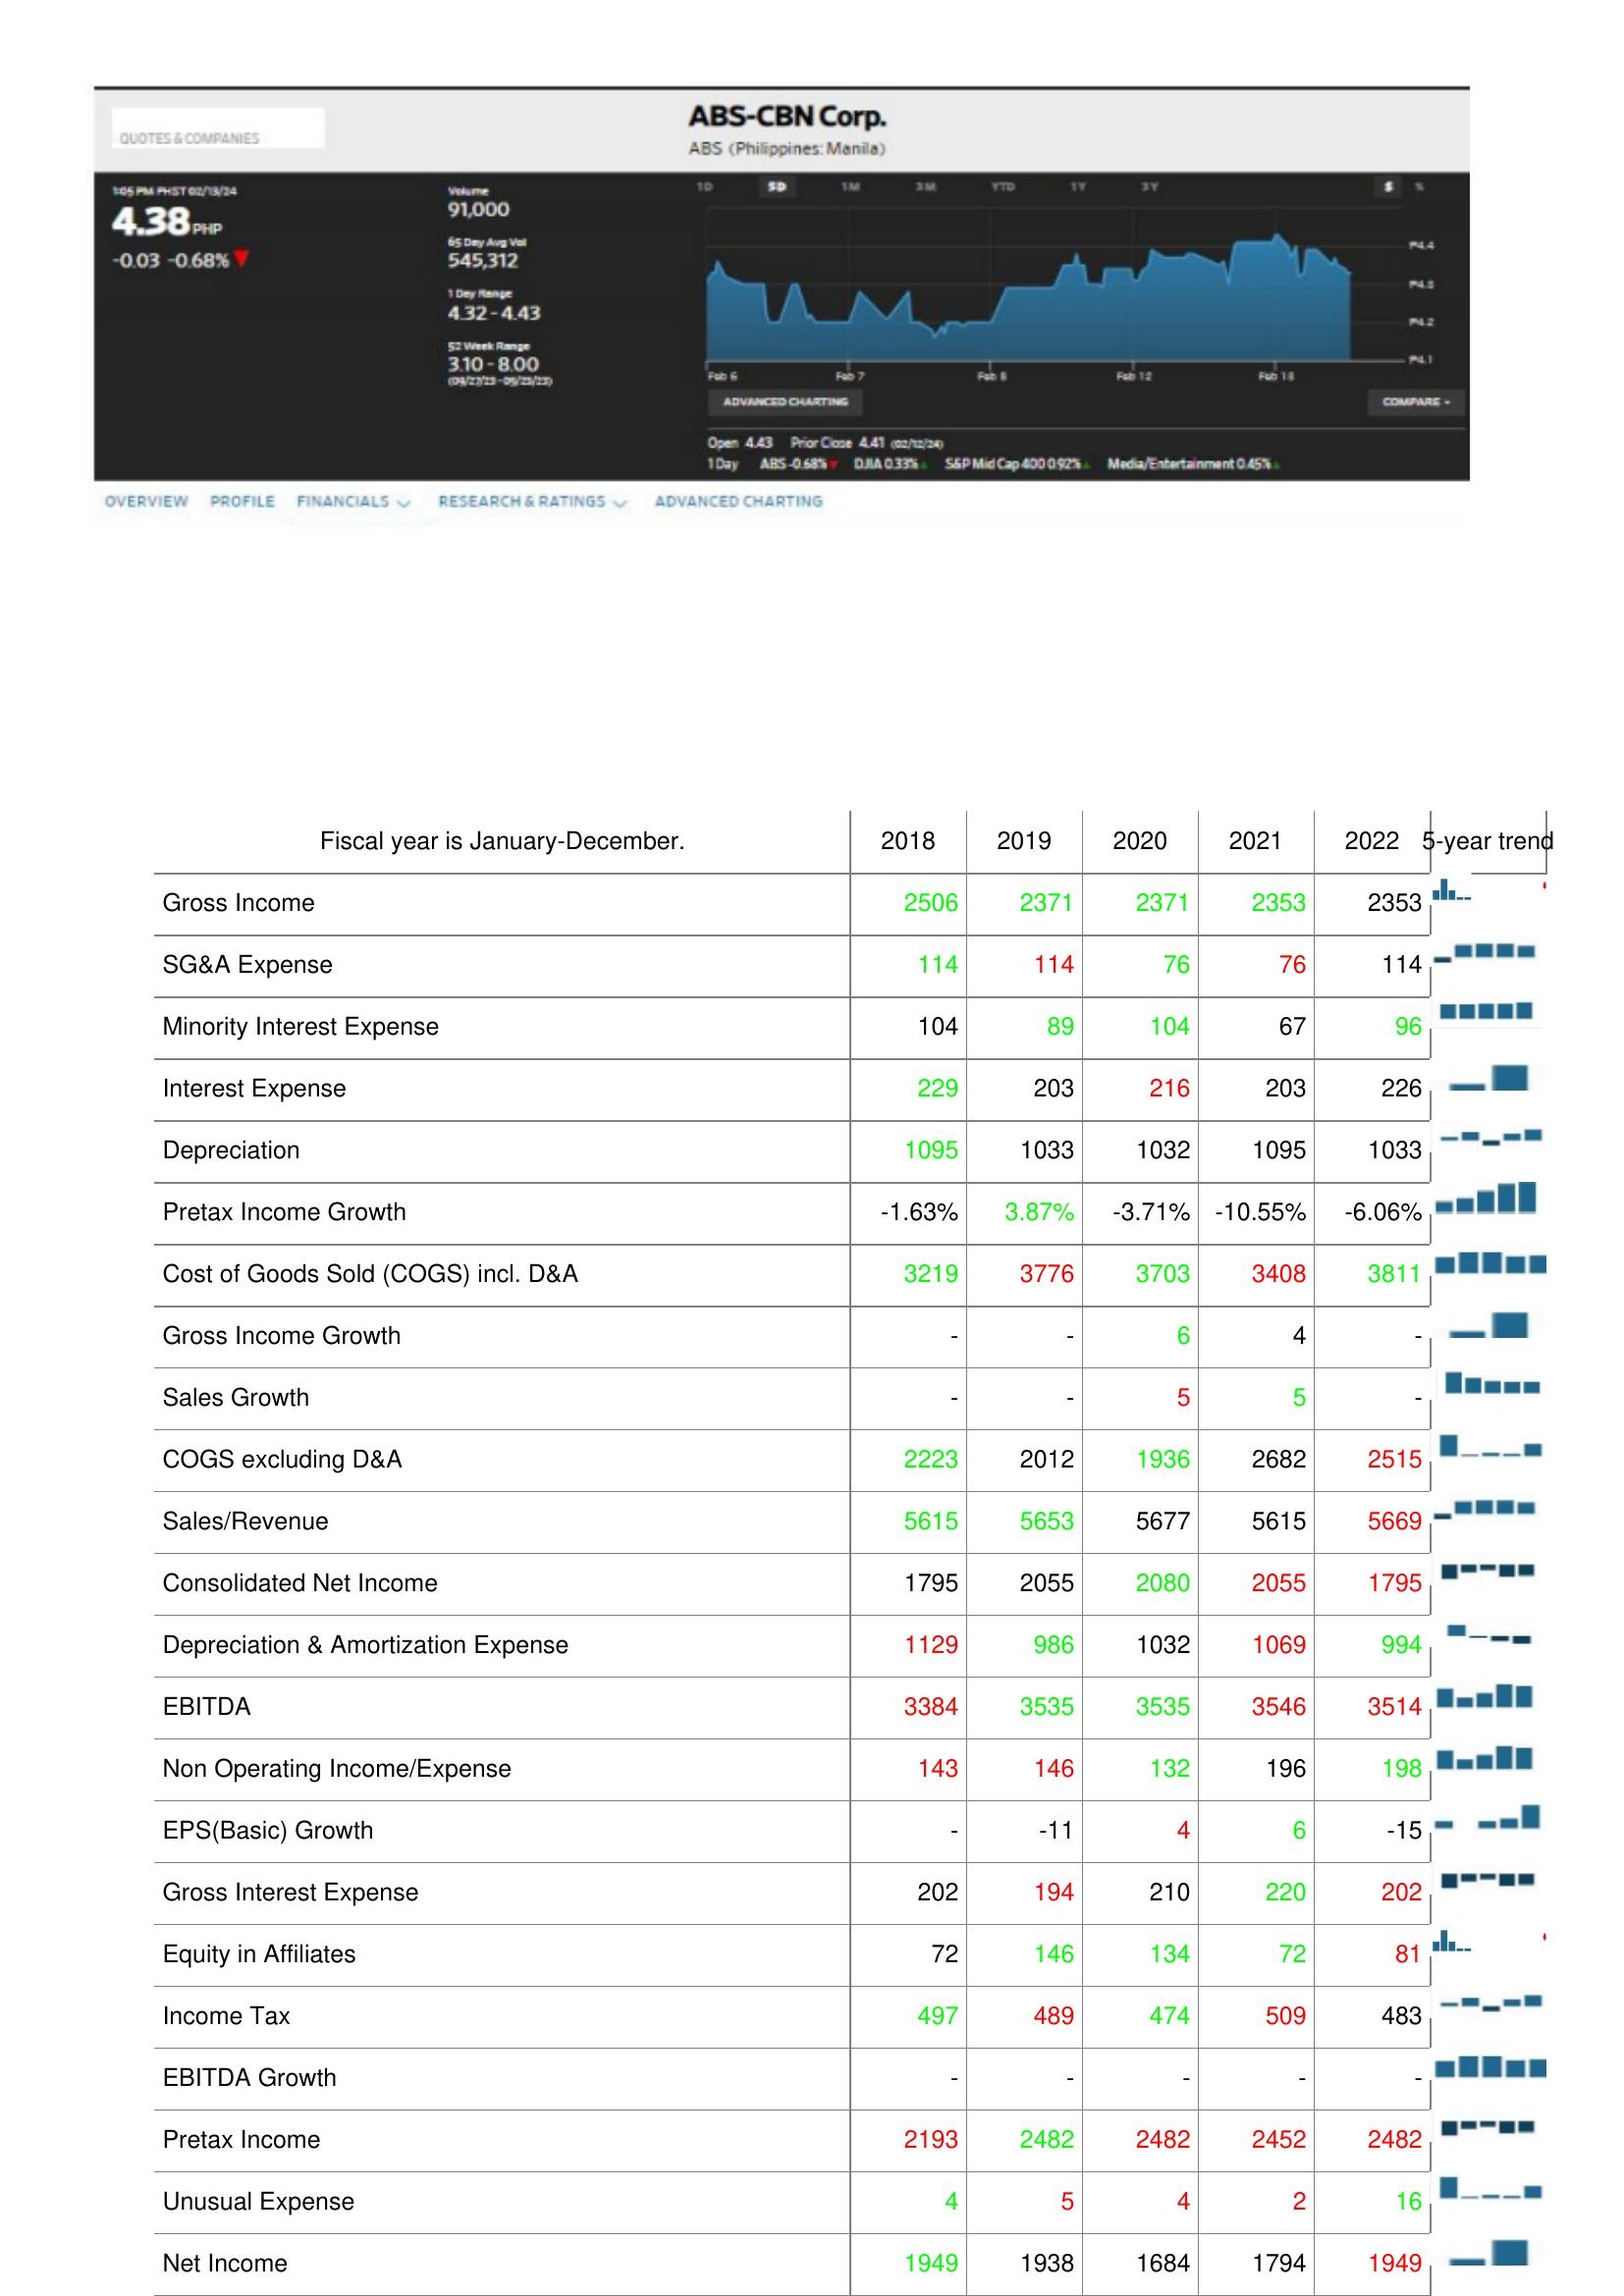
2018: : Gross Income: 2506
SG&A Expense: 114
Minority Interest Expense: 104
Interest Expense: 229
Depreciation: 1095
Pretax Income Growth: -1.63%
Cost of Goods Sold (COGS) incl. D&A: 3219
Gross Income Growth: -
Sales Growth: -
COGS excluding D&A: 2223
Sales/Revenue: 5615
Consolidated Net Income: 1795
Depreciation & Amortization Expense: 1129
EBITDA: 3384
Non Operating Income/Expense: 143
EPS(Basic) Growth: -
Gross Interest Expense: 202
Equity in Affiliates: 72
Income Tax: 497
EBITDA Growth: -
Pretax Income: 2193
Unusual Expense: 4
Net Income: 1949
2019: : Gross Income: 2371
SG&A Expense: 114
Minority Interest Expense: 89
Interest Expense: 203
Depreciation: 1033
Pretax Income Growth: 3.87%
Cost of Goods Sold (COGS) incl. D&A: 3776
Gross Income Growth: -
Sales Growth: -
COGS excluding D&A: 2012
Sales/Revenue: 5653
Consolidated Net Income: 2055
Depreciation & Amortization Expense: 986
EBITDA: 3535
Non Operating Income/Expense: 146
EPS(Basic) Growth: -11
Gross Interest Expense: 194
Equity in Affiliates: 146
Income Tax: 489
EBITDA Growth: -
Pretax Income: 2482
Unusual Expense: 5
Net Income: 1938
2020: : Gross Income: 2371
SG&A Expense: 76
Minority Interest Expense: 104
Interest Expense: 216
Depreciation: 1032
Pretax Income Growth: -3.71%
Cost of Goods Sold (COGS) incl. D&A: 3703
Gross Income Growth: 6
Sales Growth: 5
COGS excluding D&A: 1936
Sales/Revenue: 5677
Consolidated Net Income: 2080
Depreciation & Amortization Expense: 1032
EBITDA: 3535
Non Operating Income/Expense: 132
EPS(Basic) Growth: 4
Gross Interest Expense: 210
Equity in Affiliates: 134
Income Tax: 474
EBITDA Growth: -
Pretax Income: 2482
Unusual Expense: 4
Net Income: 1684
2021: : Gross Income: 2353
SG&A Expense: 76
Minority Interest Expense: 67
Interest Expense: 203
Depreciation: 1095
Pretax Income Growth: -10.55%
Cost of Goods Sold (COGS) incl. D&A: 3408
Gross Income Growth: 4
Sales Growth: 5
COGS excluding D&A: 2682
Sales/Revenue: 5615
Consolidated Net Income: 2055
Depreciation & Amortization Expense: 1069
EBITDA: 3546
Non Operating Income/Expense: 196
EPS(Basic) Growth: 6
Gross Interest Expense: 220
Equity in Affiliates: 72
Income Tax: 509
EBITDA Growth: -
Pretax Income: 2452
Unusual Expense: 2
Net Income: 1794
2022: : Gross Income: 2353
SG&A Expense: 114
Minority Interest Expense: 96
Interest Expense: 226
Depreciation: 1033
Pretax Income Growth: -6.06%
Cost of Goods Sold (COGS) incl. D&A: 3811
Gross Income Growth: -
Sales Growth: -
COGS excluding D&A: 2515
Sales/Revenue: 5669
Consolidated Net Income: 1795
Depreciation & Amortization Expense: 994
EBITDA: 3514
Non Operating Income/Expense: 198
EPS(Basic) Growth: -15
Gross Interest Expense: 202
Equity in Affiliates: 81
Income Tax: 483
EBITDA Growth: -
Pretax Income: 2482
Unusual Expense: 16
Net Income: 1949